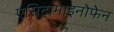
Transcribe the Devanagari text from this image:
एसिटामाइनोफेन